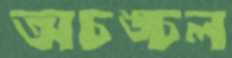
অচঙ্চল